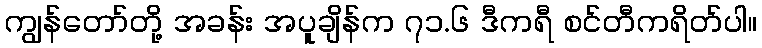
ကျွန်တော်တို့ အခန်း အပူချိန်က ၇၁.၆ ဒီကရီ စင်တီကရိတ်ပါ။